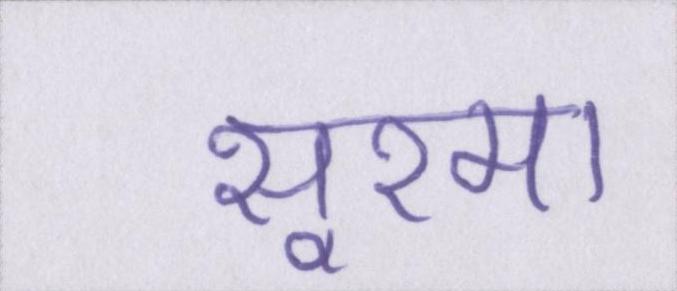
सूरमा